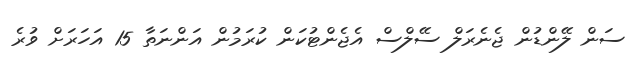
ސަން ލޭންޑުން ޖެނެރަލް ސޭލްސް އެޖެންޓުކަން ކުރަމުން އަންނަތާ 15 އަހަރަށް ވުރެ